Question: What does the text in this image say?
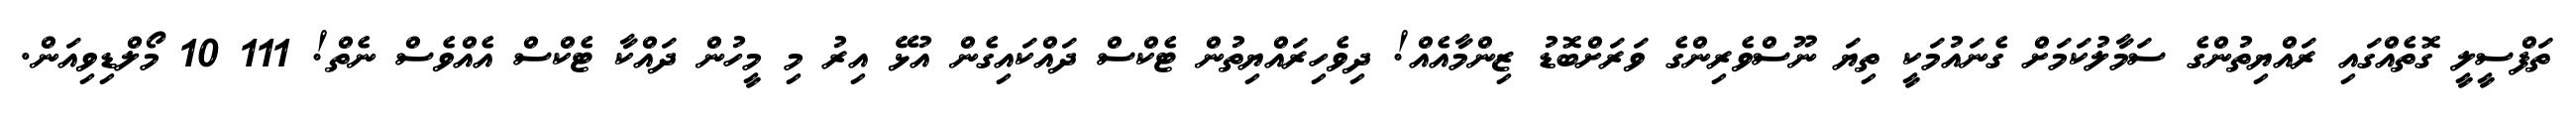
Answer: ތަފްސީލީ ގޮތެއްގައި ރައްޔިތުންގެ ސަމާލުކަމަށް ގެނައުމަކީ ތިޔަ ނޫސްވެރިންގެ ވަރަށްބޮޑު ޒިންމާއެއް! ދިވެހިރައްޔިތުން ޓެކްސް ދައްކައިގެން އުޅޭ އިރު މި މީހުން ދައްކާ ޓެކްސް އެއްވެސް ނެތް! 111 10 މޯލްޑިވިއަން.